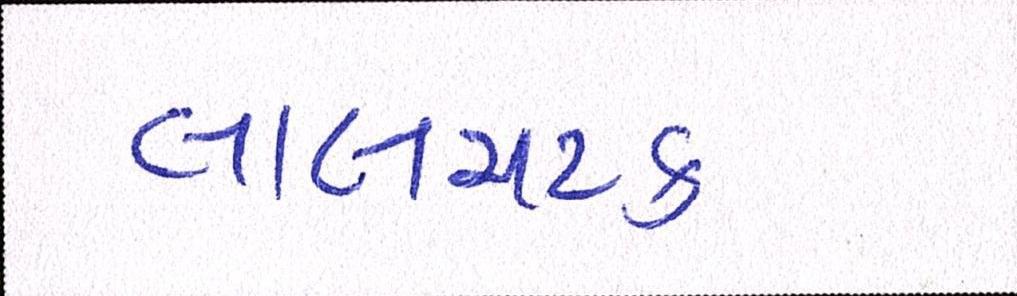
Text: લાલચટક